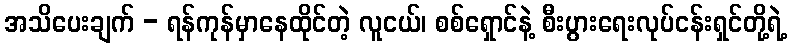
အသိပေးချက် - ရန်ကုန်မှာနေထိုင်တဲ့ လူငယ်၊ စစ်ရှောင်နဲ့ စီးပွားရေးလုပ်ငန်းရှင်တို့ရဲ့